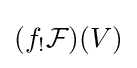
(f_{!}{\mathcal {F}})(V)